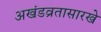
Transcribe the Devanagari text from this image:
अखंडव्रतासारखे